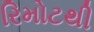
રિમોટથી